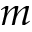
m